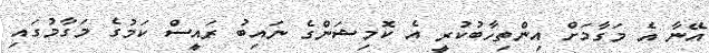
އޭނާ އެ މަގާމަށް އިންތިހާބުކުރީ އެ ކޮމިޝަންގެ ނައިބު ރައީސް ކަމުގެ މަގާމުގައި